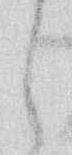
し